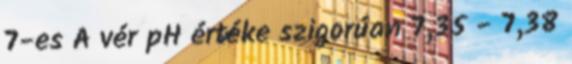
7-es A vér pH értéke szigorúan 7,35 - 7,38